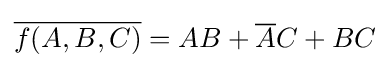
{\overline {f(A,B,C)}}=AB+{\overline {A}}C+BC